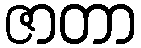
ဇာတာ